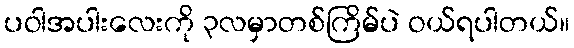
ပဝါအပါးလေးကို ၃လမှာတစ်ကြိမ်ပဲ ဝယ်ရပါတယ်။